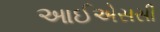
આઈએસસી